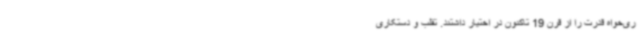
ری‌خواه قدرت را از قرن 19 تاکنون در اختیار داشتند. تقلب و دستکاری